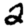
Digit: 2